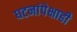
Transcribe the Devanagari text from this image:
घटनांपेक्षाही